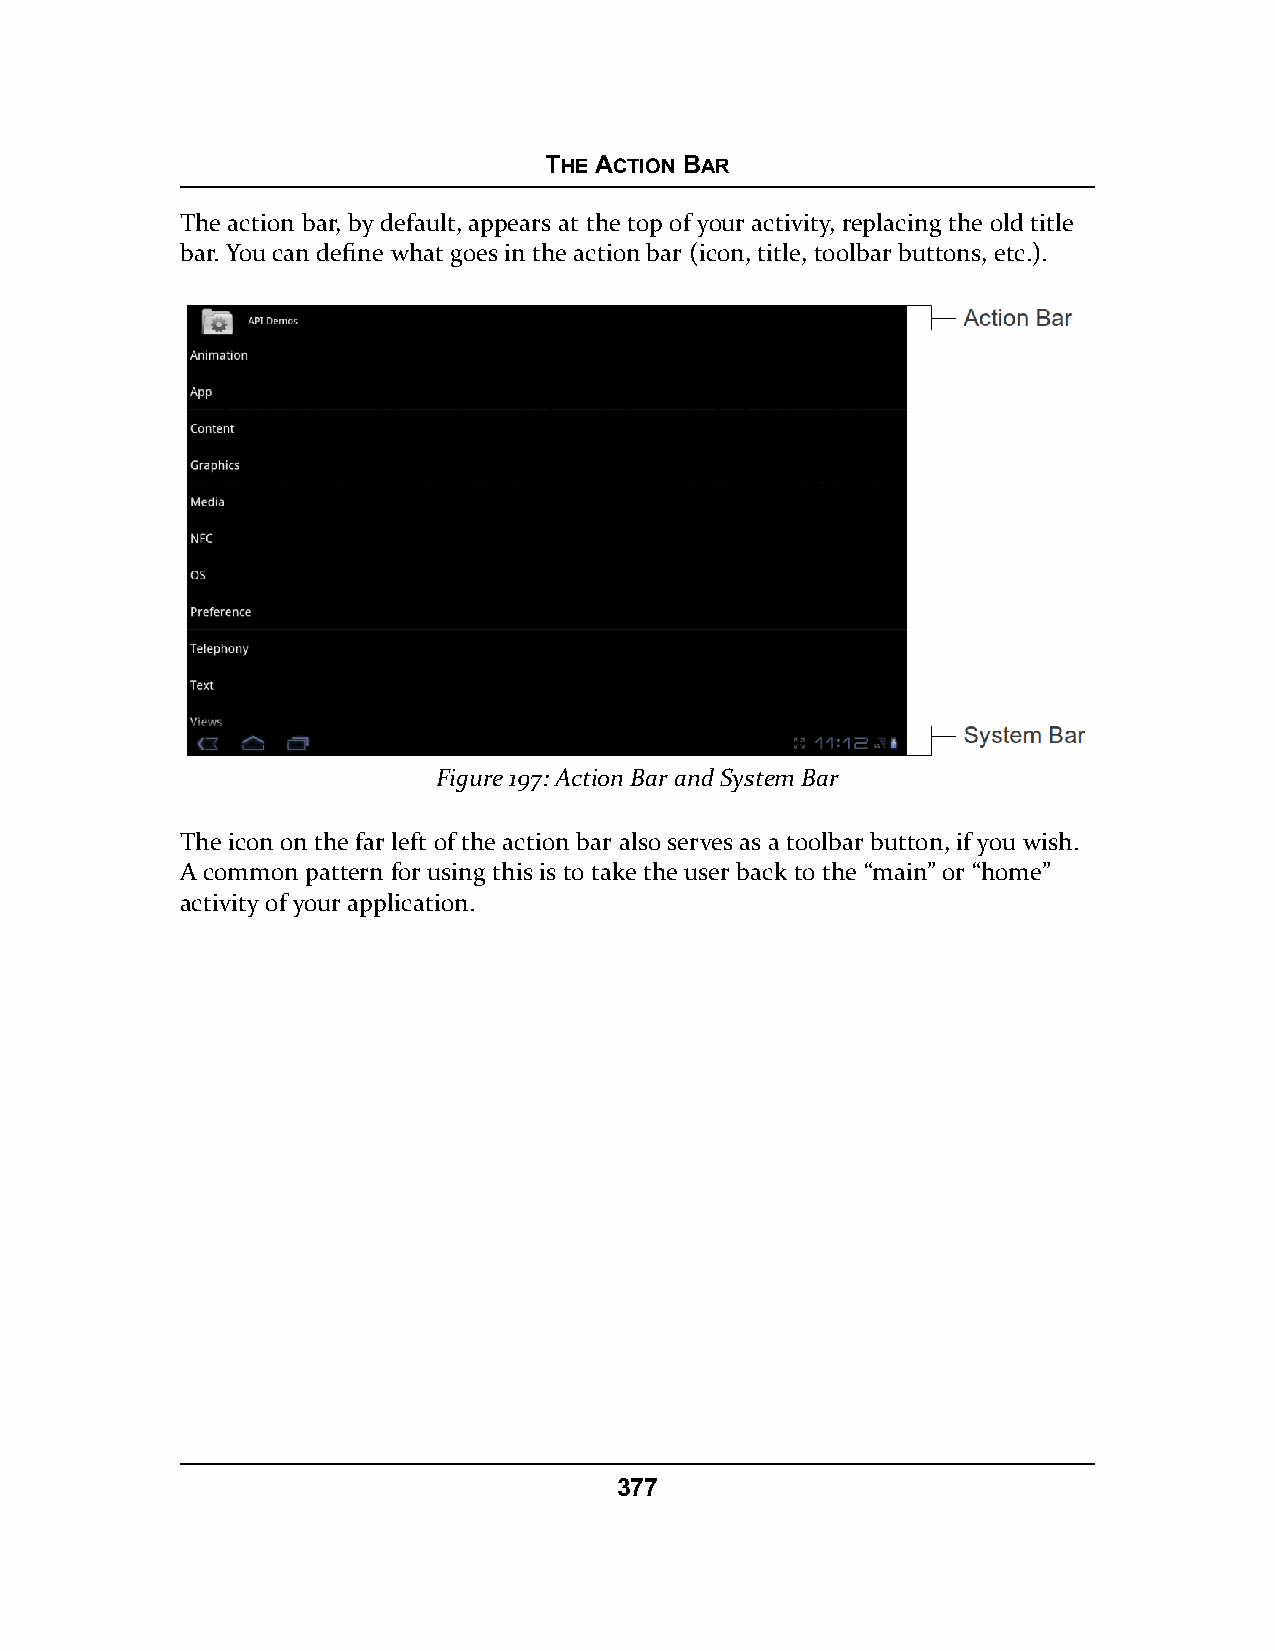
THE ACTION BAR
 The action bar, by default, appears at the top of your activity, replacing the old title
 bar. You can define what goes in the action bar (icon, title, toolbar buttons, etc.).
 Figure 197: Action Bar and System Bar
 The icon on the far left of the action bar also serves as a toolbar button, if you wish.
 A common pattern for using this is to take the user back to the “main” or “home”
 activity of your application.
 377